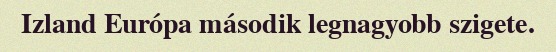
Izland Európa második legnagyobb szigete.